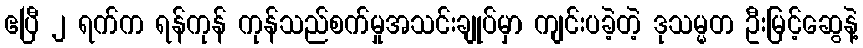
ဧပြီ ၂ ရက်က ရန်ကုန် ကုန်သည်စက်မှုအသင်းချုပ်မှာ ကျင်းပခဲ့တဲ့ ဒုသမ္မတ ဦးမြင့်ဆွေနဲ့